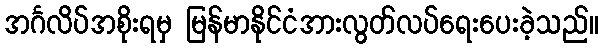
အင်္ဂလိပ်အစိုးရမှ မြန်မာနိုင်ငံအားလွတ်လပ်ရေးပေးခဲ့သည်။